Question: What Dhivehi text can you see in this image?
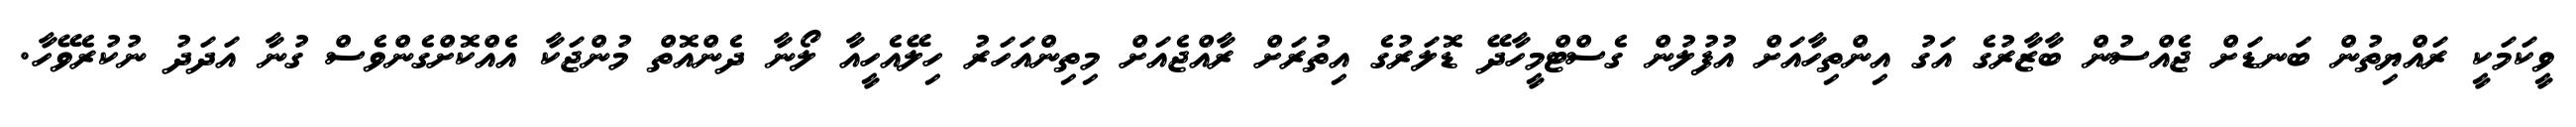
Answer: ވީކަމަކީ ރައްޔިތުން ބަނޑަށް ޖެއްސުން ބާޒާރުގެ އަގު އިންތިހާއަށް އުފުލުން ގެސްޓްމީހާދޭ ޑޮލަރުގެ އިތުރަށް ރާއްޖެއަށް މިތިންއަހަރު ހިލޭއެހީއާ ލޯނާ ދެންއޮތް މުންޖަކާ އެއްކޮށްގެންވެސް ގުނާ އަދަދު ނުކުރެވޭހާ.